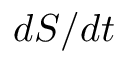
d S / d t